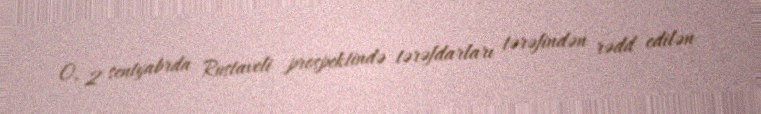
O, 2 sentyabrda Rustaveli prospektində tərəfdarları tərəfindən rədd edilən